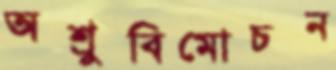
অশ্রুবিমোচন